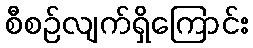
စီစဉ်လျက်ရှိကြောင်း